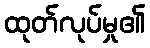
ထုတ်လုပ်မှု၏